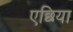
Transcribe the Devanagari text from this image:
एछिया